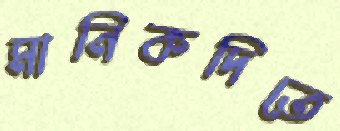
মানিকদিতে